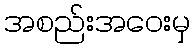
အစည်းအဝေးမှ